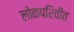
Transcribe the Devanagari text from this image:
लोकपरिचीत